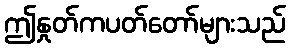
ဤနှုတ်ကပတ်တော်များသည်